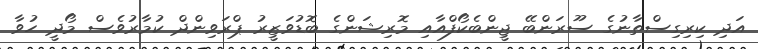
އަދި ކިރިގިސްތާނުގެ ސޫރަންބޭ ޖީންބެކޯފްއާއި މޮރިޝަންގެ ބޮޑުވަޒީރު ޕްރަވިންދް ކުމާރުވެސް މޯދީ ހުވާ